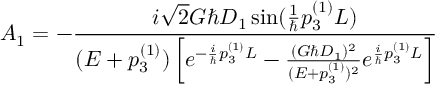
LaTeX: A _ { 1 } = - \frac { i \sqrt { 2 } G \hbar D _ { 1 } \sin ( \frac { 1 } { \hbar } p _ { 3 } ^ { ( 1 ) } L ) } { ( E + p _ { 3 } ^ { ( 1 ) } ) \left[ e ^ { - \frac { i } { \hbar } p _ { 3 } ^ { ( 1 ) } L } - \frac { ( G \hbar D _ { 1 } ) ^ { 2 } } { ( E + p _ { 3 } ^ { ( 1 ) } ) ^ { 2 } } e ^ { \frac { i } { \hbar } p _ { 3 } ^ { ( 1 ) } L } \right] }